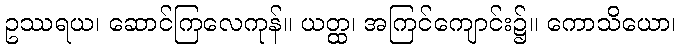
ဥဿရယ၊ ဆောင်ကြလေကုန်။ ယတ္ထ၊ အကြင်ကျောင်း၌။ ကောသိယော၊